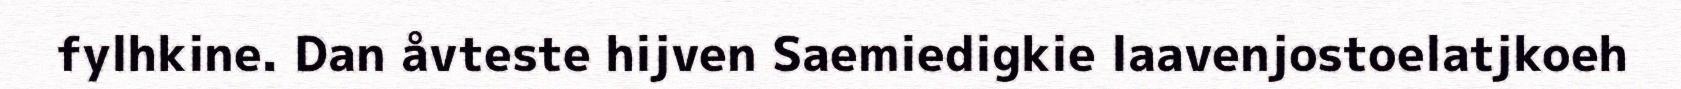
fylhkine. Dan åvteste hijven Saemiedigkie laavenjostoelatjkoeh